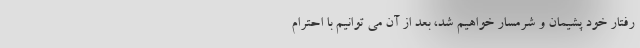
رفتار خود پشیمان و شرمسار خواهیم شد، بعد از آن می توانیم با احترام